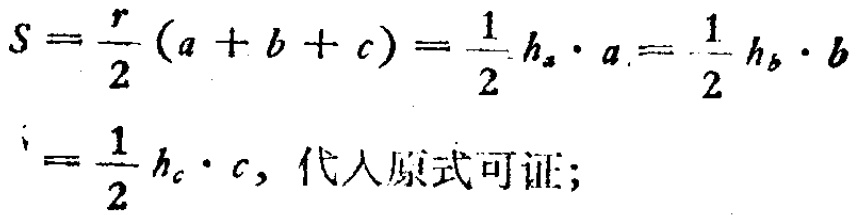
\[

\begin{align*}

S&=\frac{r}{2}(a + b + c)=\frac{1}{2}h_{a}\cdot a=\frac{1}{2}h_{b}\cdot b\\

&=\frac{1}{2}h_{c}\cdot c,\text{ 代人原式可证;}

\end{align*}

\]